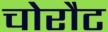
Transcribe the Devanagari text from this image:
चोरौट